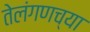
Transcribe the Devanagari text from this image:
तेलंगणच्या